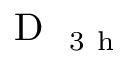
\mathrm { ~ D ~ } _ { \mathrm { ~ 3 ~ h ~ } }